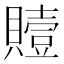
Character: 𮚢